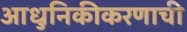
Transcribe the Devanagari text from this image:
आधुनिकीकरणाची